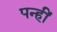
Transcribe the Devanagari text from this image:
पन्हीं